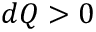
d Q > 0